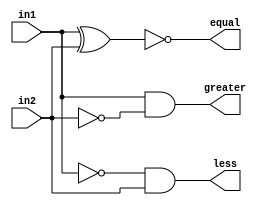
module comparator_1bit(in1,in2,greater,less,equal);
  input in1,in2;
  output greater,less,equal;
  
  wire in1,in2,greater,less,equal;
  
  xnor x1 (equal,in1,in2);
  and g1 (greater,in1,~in2);
  and l1 (less,~in1,in2);
  
endmodule